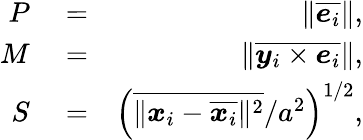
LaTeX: \begin{array}{rlr}{P}&{{}=}&{\| \overline{{\boldsymbol{e}_{i}}}\| ,}\\ {M}&{{}=}&{\| \overline{{\boldsymbol{y}_{i}\times\boldsymbol{e}_{i}}}\| ,}\\ {S}&{{}=}&{\left(\overline{{\| \boldsymbol{x}_{i}-\overline{{\boldsymbol{x}_{i}}}\| ^{2}}}/a^{2}\right)^{1/2},}\end{array}